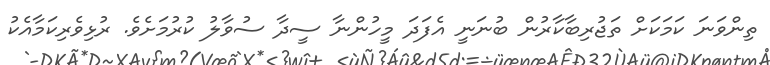
ތިންވަނަ ކަމަކަށް ތަޖުރިބާކާރުން ބުނަނީ އެފަދަ މީހުންނާ ސީދާ ސުވާލު ކުރުމަށެވެ. ރުޅިވެރިކަމާއެކު